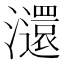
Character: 㶎